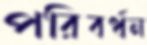
পরিবর্ধন